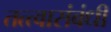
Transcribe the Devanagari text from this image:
तत्त्वासंबंधी